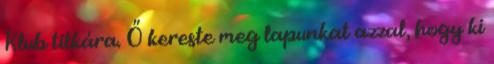
Klub titkára. Ő kereste meg lapunkat azzal, hogy ki